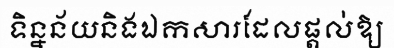
ទិន្នន័យនិងឯកសារដែលផ្តល់ឱ្យ